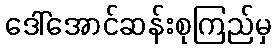
ဒေါ်အောင်ဆန်းစုကြည်မှ